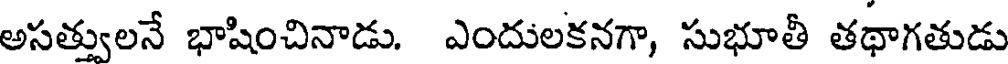
అసత్తులనే భాషించినాడు. ఎందులకనగా, సుభూతీ తథాగతుడు